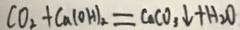
C O _ { 2 } + C a ( O H ) _ { 2 } = C a C O _ { 3 } \downarrow + H _ { 2 } O